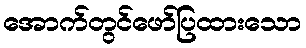
အောက်တွင်ဖော်ပြထားသော